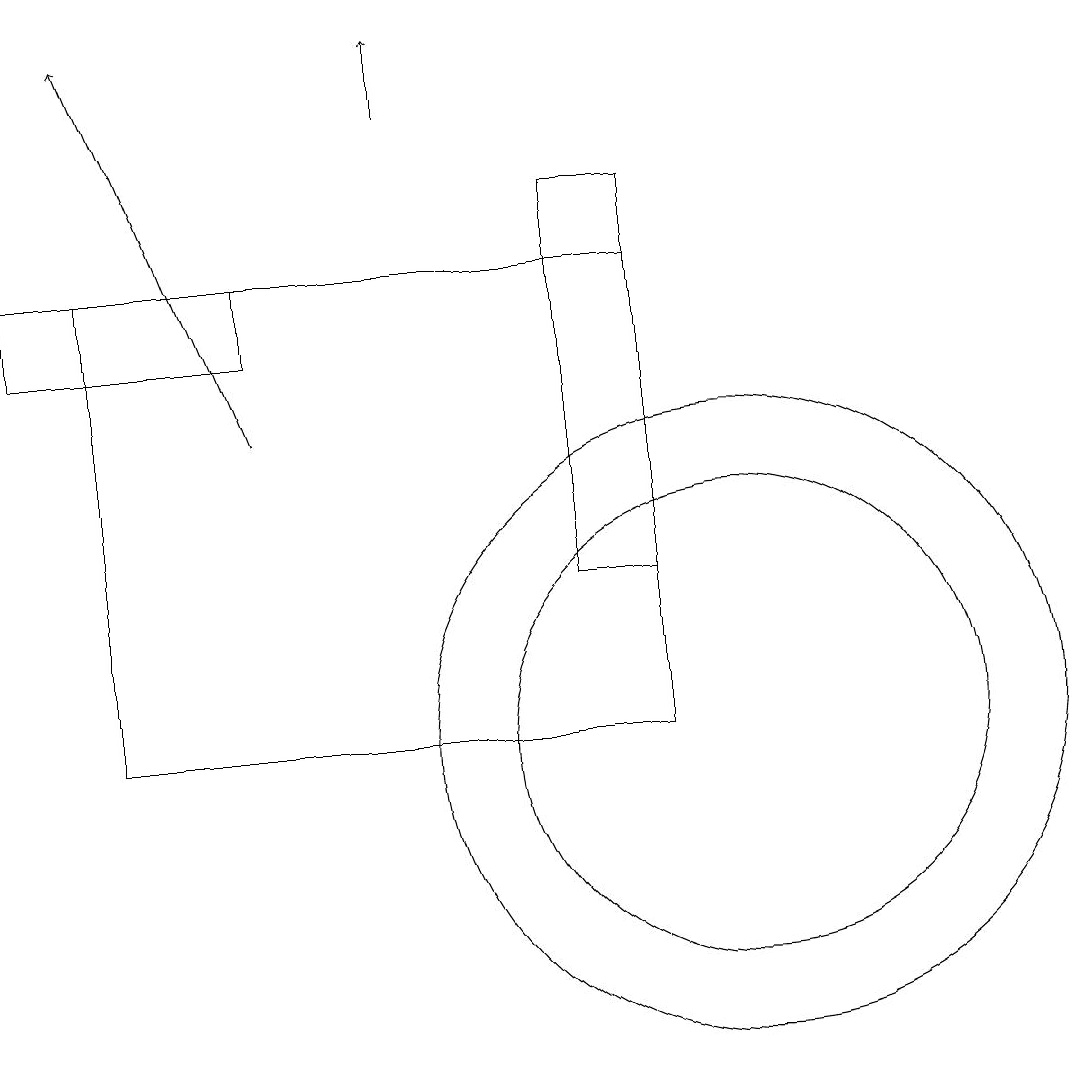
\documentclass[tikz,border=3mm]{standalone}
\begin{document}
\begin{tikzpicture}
\draw[->] (6,18) -- (6,19);
\draw (1,16) rectangle (4,15);
\draw (10,10) circle (4);
\draw (2,10) rectangle (9,16);
\draw (8,17) rectangle (9,12);
\draw[->] (4,14) -- (2,19);
\draw (10,10) circle (3);
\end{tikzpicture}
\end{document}